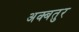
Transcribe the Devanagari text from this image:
अक्बतुर